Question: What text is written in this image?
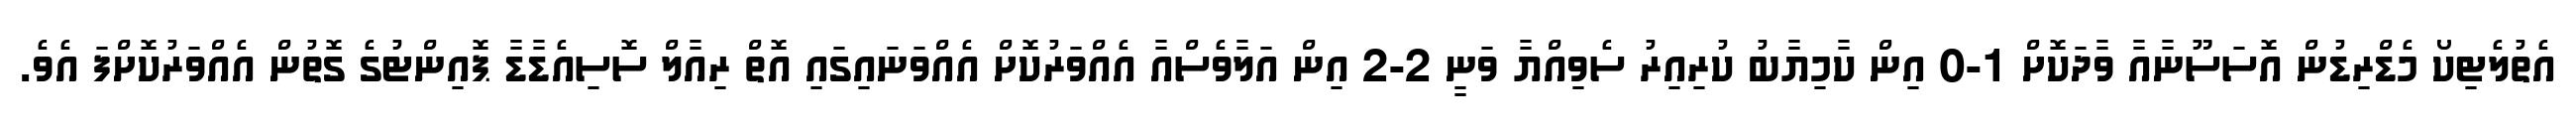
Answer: އެތުލެޓިކޯ މެޑްރިޑުން އޮސަސޫނާއާ ވާދަކޮށް 1-0 އިން ކާމިޔާބު ކުރިއިރު ސެވިއްޔާ ވަނީ 2-2 އިން އަލާވެސްއާ އެއްވަރުކޮށް އެއްވަނައިގައި އޮތް ރިއާލް ސޮސިއެޑާޑާ ޕޮއިންޓުގެ ގޮތުން އެއްވަރުކޮށްފަ އެވެ.